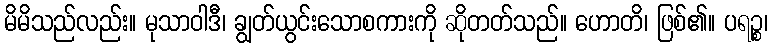
မိမိသည်လည်း။ မုသာဝါဒီ၊ ချွတ်ယွင်းသောစကားကို ဆိုတတ်သည်။ ဟောတိ၊ ဖြစ်၏။ ပရဉ္စ၊